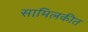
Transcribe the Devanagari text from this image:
सामिलकीत